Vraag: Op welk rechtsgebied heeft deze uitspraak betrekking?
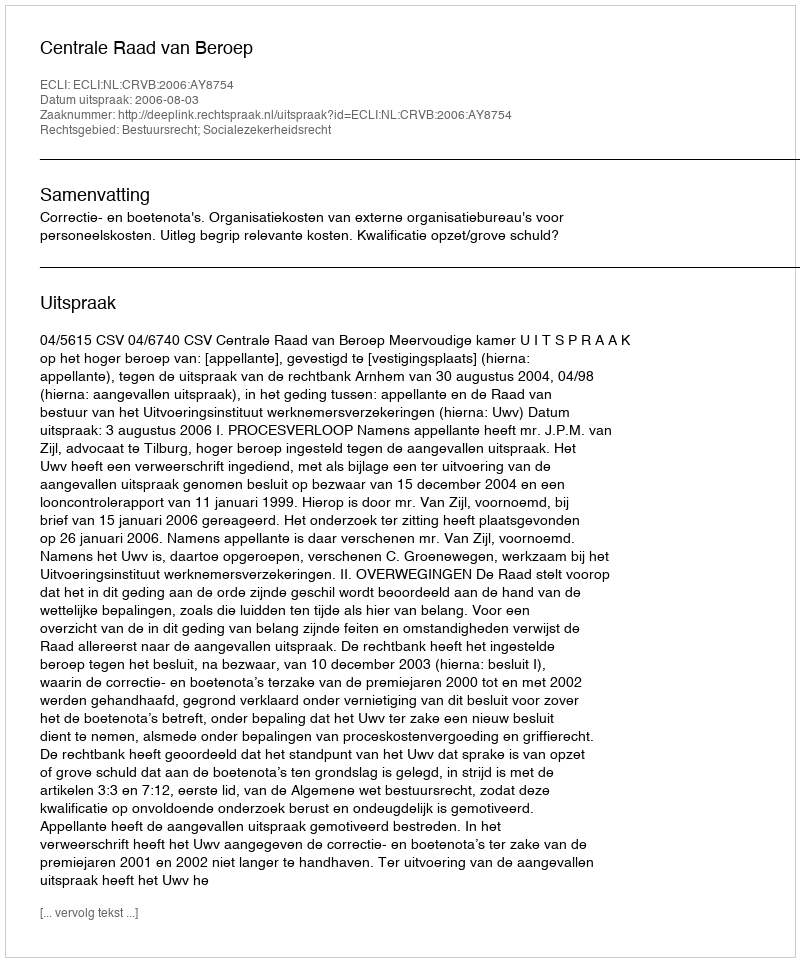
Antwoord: Bestuursrecht; Socialezekerheidsrecht